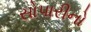
સોપારીનો